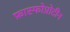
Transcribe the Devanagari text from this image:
फ़ास्फोप्रोटीन